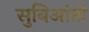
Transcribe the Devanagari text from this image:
सुबिआंतो